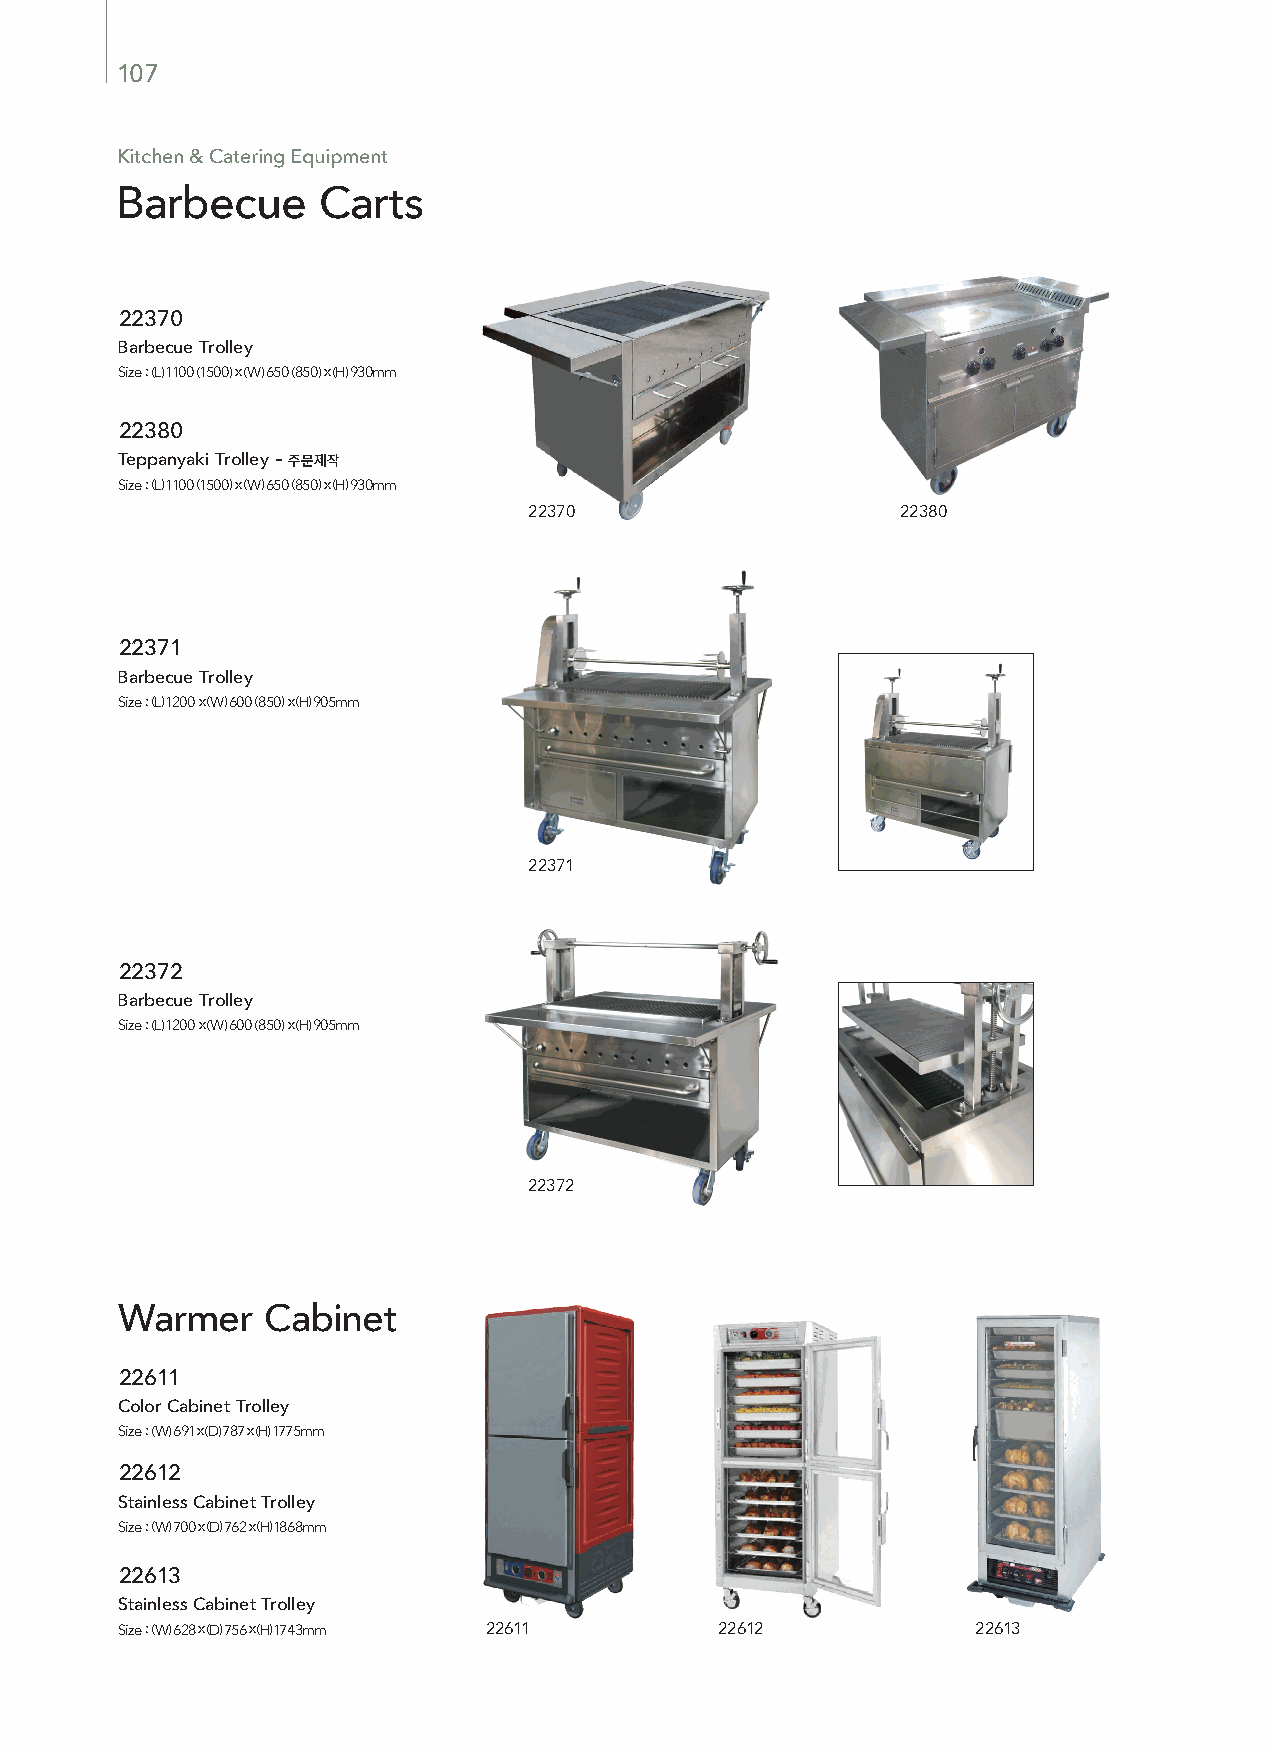
107
 Kitchen & Catering Equipment
 Barbecue     Carts
 22370
 Barbecue Trolley
 Size : (L) 1100 (1500) x (W) 650 (850) x (H) 930mm
 22380
 Teppanyaki Trolley- 주문제작
 Size : (L) 1100 (1500) x (W) 650 (850) x (H) 930mm
 22370                    22380
 22371
 Barbecue Trolley
 Size : (L) 1200 x (W) 600 (850) x (H) 905mm
 22371
 22372
 Barbecue Trolley
 Size : (L) 1200 x (W) 600 (850) x (H) 905mm
 22372
 Warmer   Cabinet
 22611
 Color Cabinet Trolley
 Size : (W) 691 x (D) 787 x (H) 1775mm
 22612
 Stainless Cabinet Trolley
 Size : (W) 700 x (D) 762 x (H) 1868mm
 22613
 Stainless Cabinet Trolley
 Size : (W) 628 x (D) 756 x (H) 1743mm 22611 22612        22613